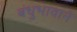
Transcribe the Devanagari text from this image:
बंधुभावाने